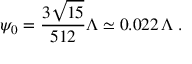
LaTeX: \psi _ { 0 } = \frac { 3 \sqrt { 1 5 } } { 5 1 2 } \Lambda \simeq 0 . 0 2 2 \, \Lambda \; .